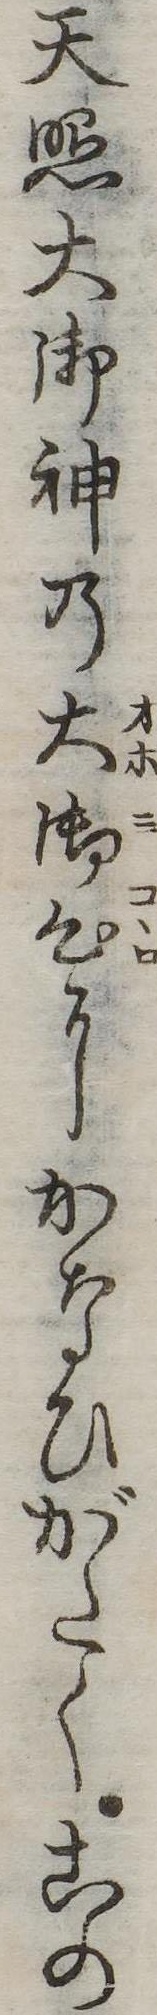
天照大御神の大御心にかなひがたくこの